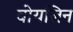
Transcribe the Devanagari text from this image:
वोयलिन